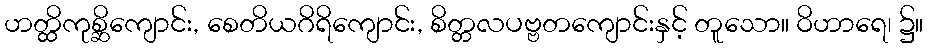
ဟတ္ထိကုစ္ဆိကျောင်း, စေတိယဂိရိကျောင်း, စိတ္တလပဗ္ဗတကျောင်းနှင့် တူသော။ ဝိဟာရေ၊ ၌။